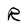
Character: R